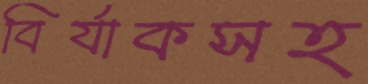
বির্যাকসহ